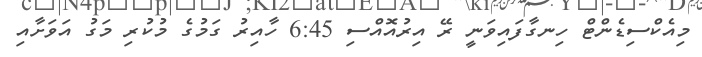
މިއެކްސިޑެންޓް ހިނގާފައިވަނީ ރޭ އިރުއޮއްސި 6:45 ހާއިރު ގަމުގެ މުކުރި މަގު އަވަށާއި